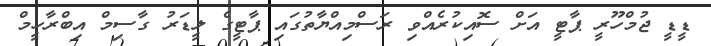
ޑީޑީ ޖުމްހޫރީ ޕާޓީ އަށް ސޮއިކުރެއްވި ރަސްމިއްޔާތުގައި ޕާޓީގެ ލީޑަރު ގާސިމް އިބްރާހީމް